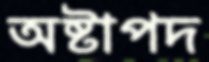
অষ্টাপদ